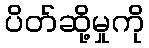
ပိတ်ဆို့မှုကို